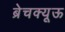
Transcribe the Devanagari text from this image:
ब्रेचक्यूऊ